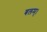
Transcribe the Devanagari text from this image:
बलम्।